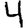
Digit: 4